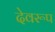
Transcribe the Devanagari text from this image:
देवरूप